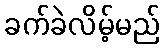
ခက်ခဲလိမ့်မည်